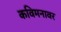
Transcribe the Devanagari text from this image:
कविमनावर